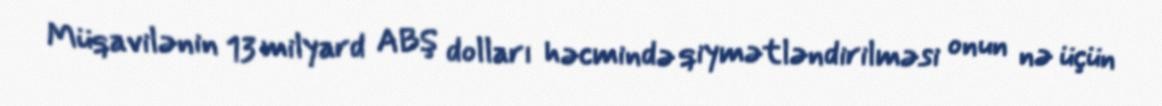
Müqavilənin 13 milyard ABŞ dolları həcmində qiymətləndirilməsi onun nə üçün